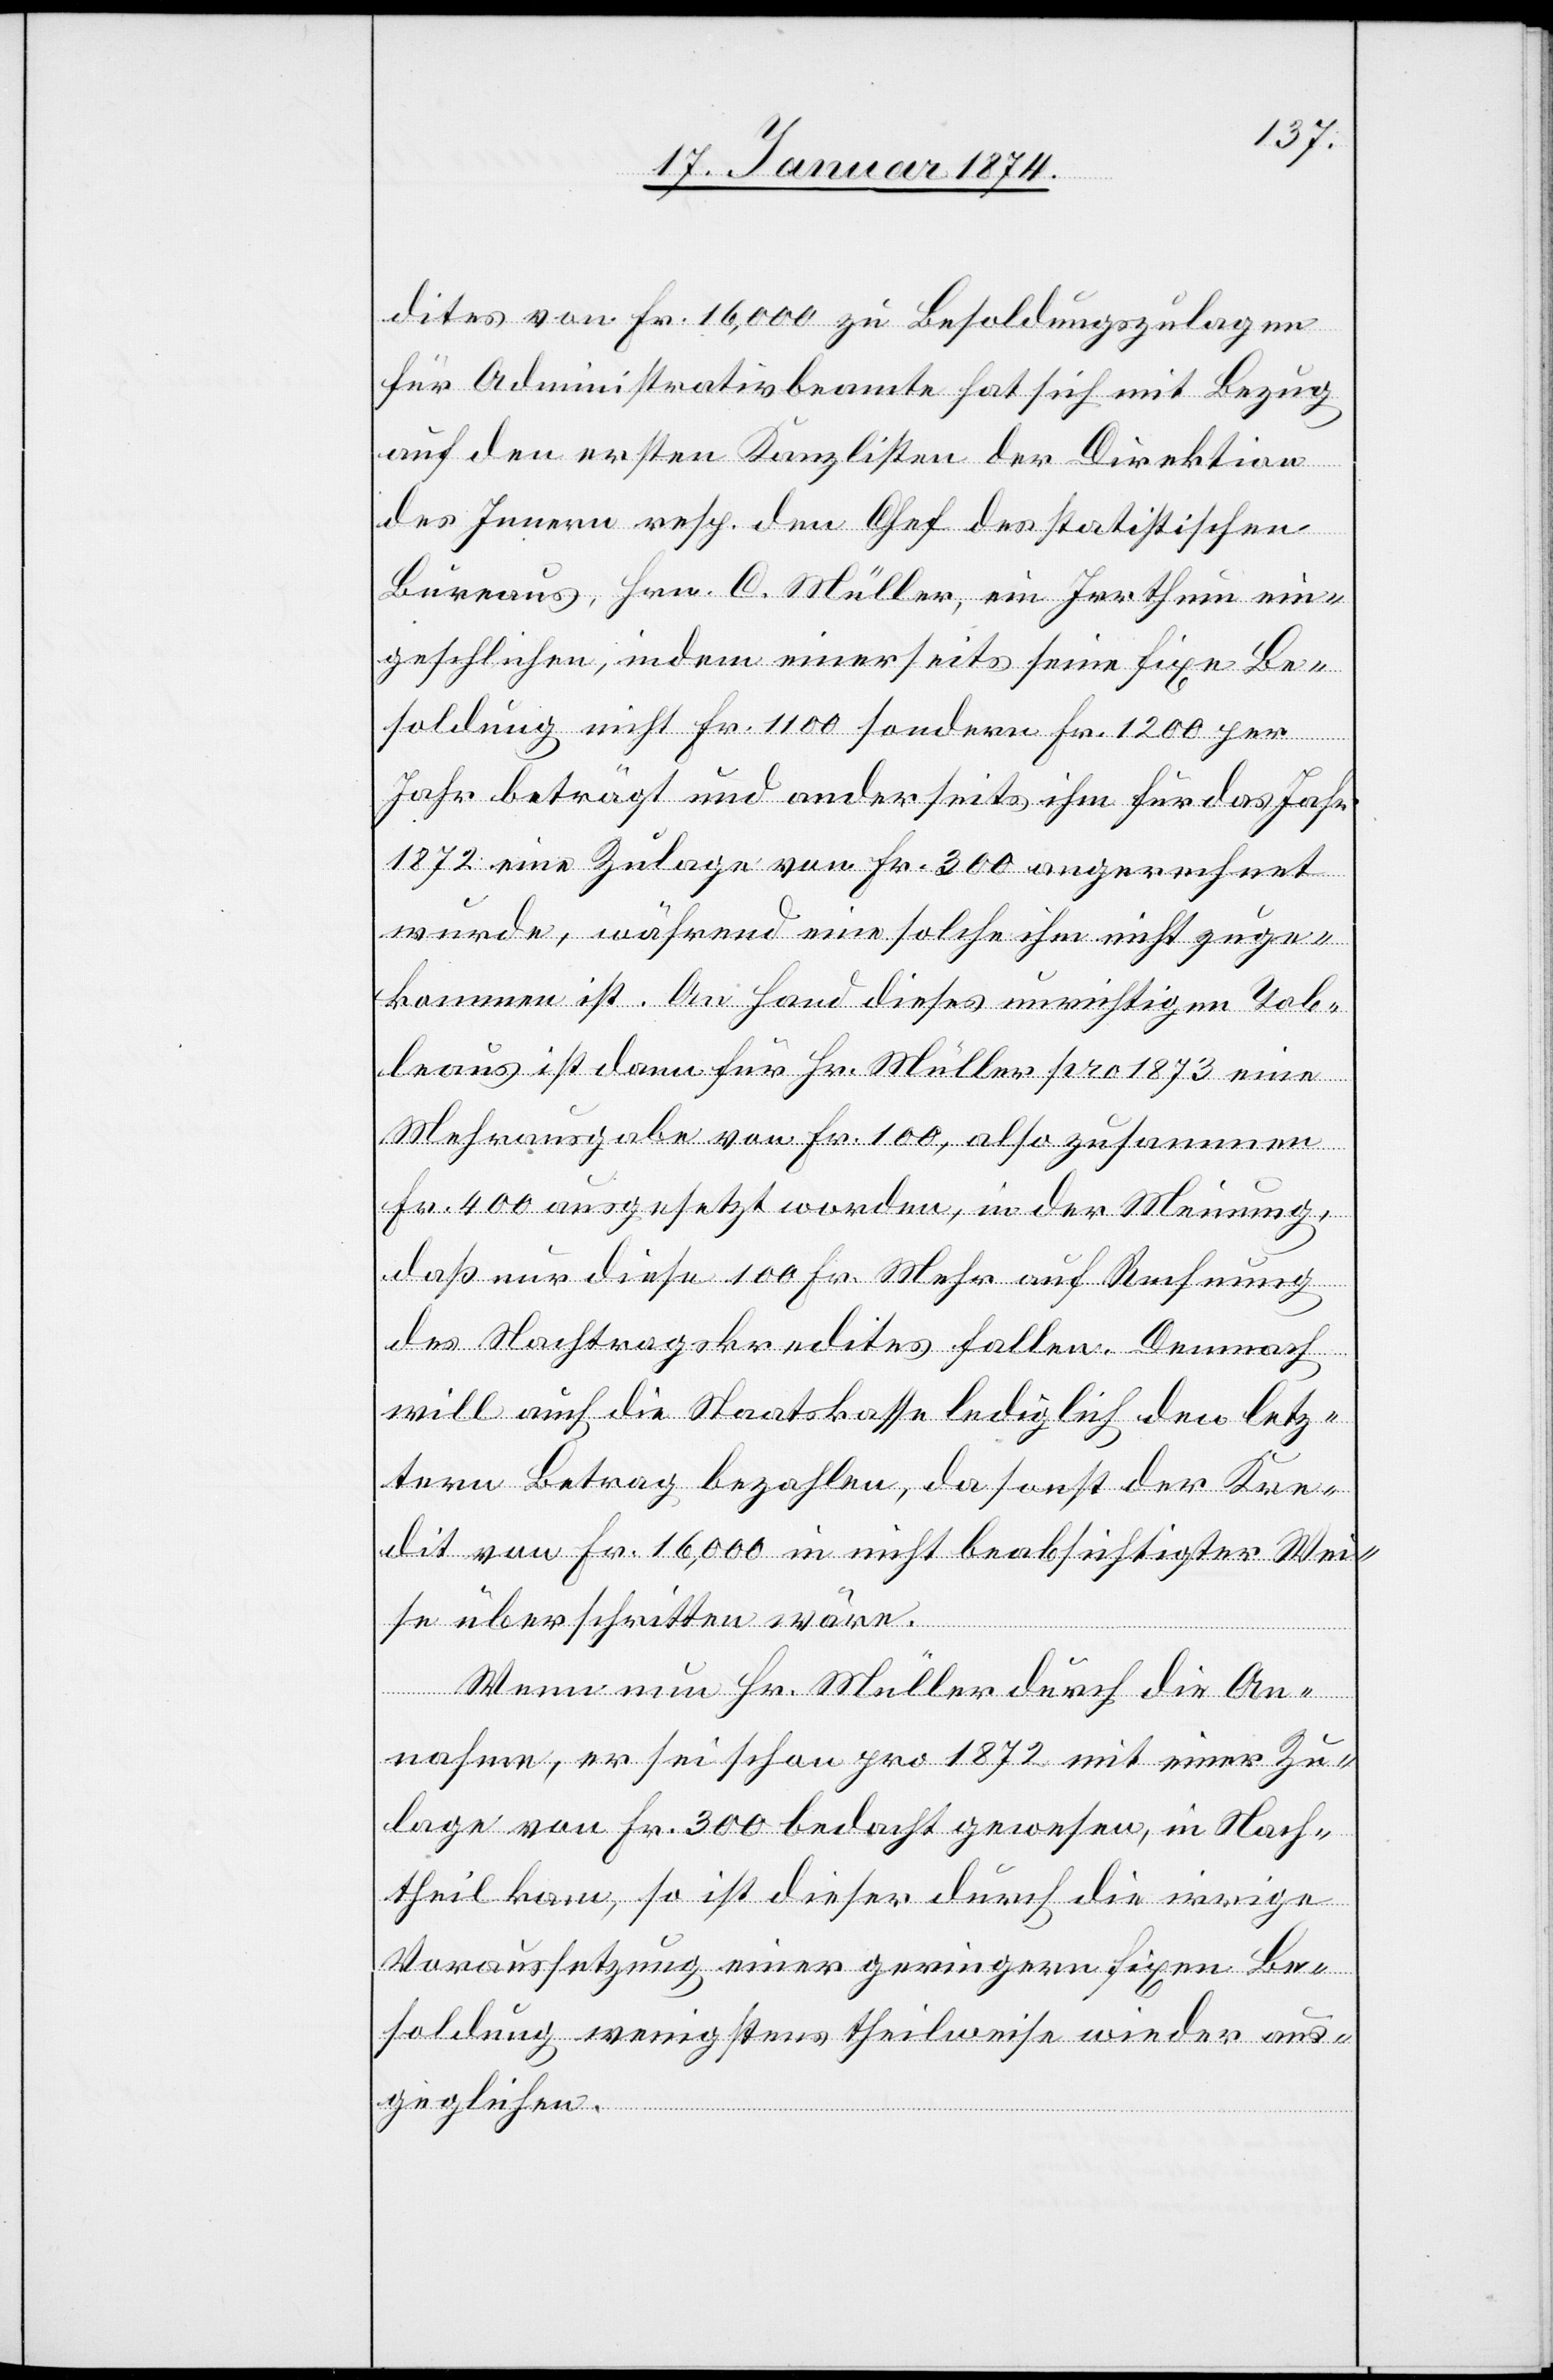
dites von Fr. 16,000 zu Besoldungszulagen
für Administrativbeamte hat sich mit Bezug
auf den ersten Kanzlisten der Direktion
des Innern resp. den Chef des statistischen
Bureaus, Hrn. C. Müller, ein Irrthum ein¬
geschlichen, indem einerseits seine fixe Be¬
soldung nicht Fr. 1100 sondern Fr. 1200 per
Jahr beträgt und anderseits ihm für das Jahr
1872 eine Zulage von Fr. 300 angerechnet
wurde, während eine solche ihm nicht zuge¬
kommen ist. An Hand dieses unrichtigen Tab¬
leaus ist dann für Hr. Müller pro 1873 eine
Mehrausgabe von Fr. 100, also zusammen
Fr. 400 ausgesetzt worden, in der Meinung,
daß nur diese 100 Fr. mehr auf Rechnung
des Nachtragskredites fallen. Demnach
will auch die Staatskasse lediglich den letz¬
tern Betrag bezahlen, da sonst der Kre¬
dit von Fr. 16,000 in nicht beabsichtigter Wei¬
se überschritten wäre.
Wenn nun Hr. Müller durch die An¬
nahme, er sei schon pro 1872 mit einer Zu¬
lage von Fr. 300 bedacht gewesen, in Nach¬
teil kam, so ist dieser durch die irrige
Voraussetzung einer geringern fixen Be¬
soldung wenigstens theilweise wieder aus¬
geglichen.